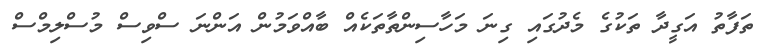
ތަފާތު އަގީދާ ތަކުގެ މެދުގައި ގިނަ މަހާސިންތާތަކެއް ބާއްވަމުން އަންނަ ސްވިސް މުސްލިމްސް